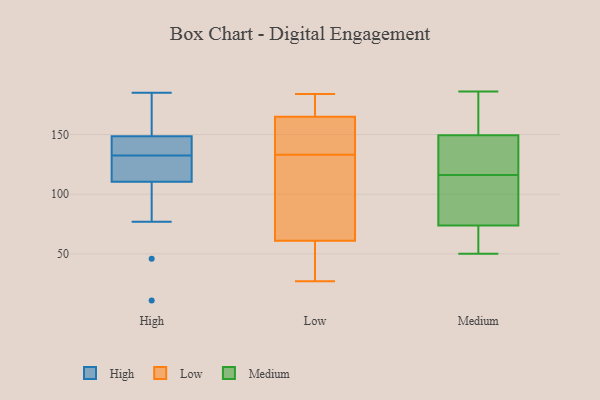
{"axis": {"x": "Budget (USD K)", "y": "Value"}, "legend": ["High", "Low", "Medium"], "data": [{"x": "", "y": 11, "type": "High"}, {"x": "", "y": 141, "type": "High"}, {"x": "", "y": 148, "type": "High"}, {"x": "", "y": 123, "type": "High"}, {"x": "", "y": 120, "type": "High"}, {"x": "", "y": 128, "type": "High"}, {"x": "", "y": 133, "type": "High"}, {"x": "", "y": 185, "type": "High"}, {"x": "", "y": 101, "type": "High"}, {"x": "", "y": 172, "type": "High"}, {"x": "", "y": 46, "type": "High"}, {"x": "", "y": 178, "type": "High"}, {"x": "", "y": 149, "type": "High"}, {"x": "", "y": 133, "type": "High"}, {"x": "", "y": 77, "type": "High"}, {"x": "", "y": 132, "type": "High"}, {"x": "", "y": 49, "type": "Low"}, {"x": "", "y": 147, "type": "Low"}, {"x": "", "y": 133, "type": "Low"}, {"x": "", "y": 171, "type": "Low"}, {"x": "", "y": 77, "type": "Low"}, {"x": "", "y": 184, "type": "Low"}, {"x": "", "y": 178, "type": "Low"}, {"x": "", "y": 146, "type": "Low"}, {"x": "", "y": 27, "type": "Low"}, {"x": "", "y": 57, "type": "Low"}, {"x": "", "y": 73, "type": "Low"}, {"x": "", "y": 88, "type": "Low"}, {"x": "", "y": 181, "type": "Low"}, {"x": "", "y": 49, "type": "Low"}, {"x": "", "y": 182, "type": "Low"}, {"x": "", "y": 113, "type": "Low"}, {"x": "", "y": 34, "type": "Low"}, {"x": "", "y": 140, "type": "Low"}, {"x": "", "y": 143, "type": "Low"}, {"x": "", "y": 132, "type": "Medium"}, {"x": "", "y": 52, "type": "Medium"}, {"x": "", "y": 154, "type": "Medium"}, {"x": "", "y": 69, "type": "Medium"}, {"x": "", "y": 186, "type": "Medium"}, {"x": "", "y": 157, "type": "Medium"}, {"x": "", "y": 50, "type": "Medium"}, {"x": "", "y": 89, "type": "Medium"}, {"x": "", "y": 116, "type": "Medium"}, {"x": "", "y": 88, "type": "Medium"}, {"x": "", "y": 136, "type": "Medium"}]}